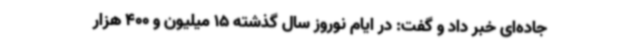
جاده‌ای خبر داد و گفت: در ایام نوروز سال گذشته 15 میلیون و 400 هزار